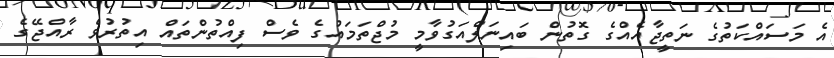
އެ މަސައްކަތުގެ ނަތީޖާއެއްގެ ގޮތުން ބައިނަލްއަގުވާމީ މުޖްތަމައުގެ ވެސް ފިއްތުންތައް އިތުރުވެ ރާއްޖޭގެ